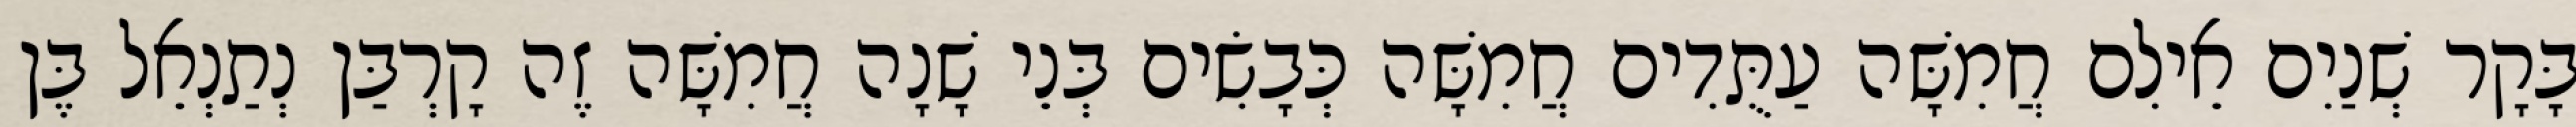
בָּקָר שְׁנַיִם אֵילִם חֲמִשָּׁה עַתֻּדִים חֲמִשָּׁה כְּבָשִׂים בְּנֵי שָׁנָה חֲמִשָּׁה זֶה קָרְבַּן נְתַנְאֵל בֶּן